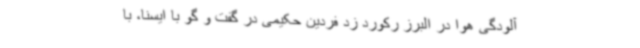
آلودگی هوا در البرز رکورد زد فردین حکیمی در گفت و گو با ایسنا، با